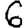
Digit: 6